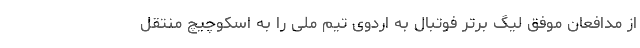
از مدافعان موفق لیگ برتر فوتبال به اردوی تیم ملی را به اسکوچیچ منتقل